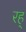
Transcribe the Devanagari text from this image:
रह्